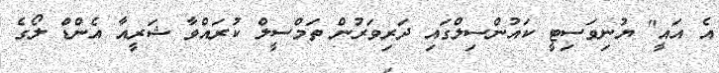
އެ އައީ" ޔުނިވަސިޓީ ކައުންސިލްގައި ދަރިވަރުން ތަމްސީލް ކުރައްވާ ޝަރީއާ އެންޑް ލޯގެ